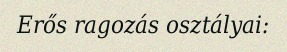
Erős ragozás osztályai: